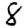
Digit: 8